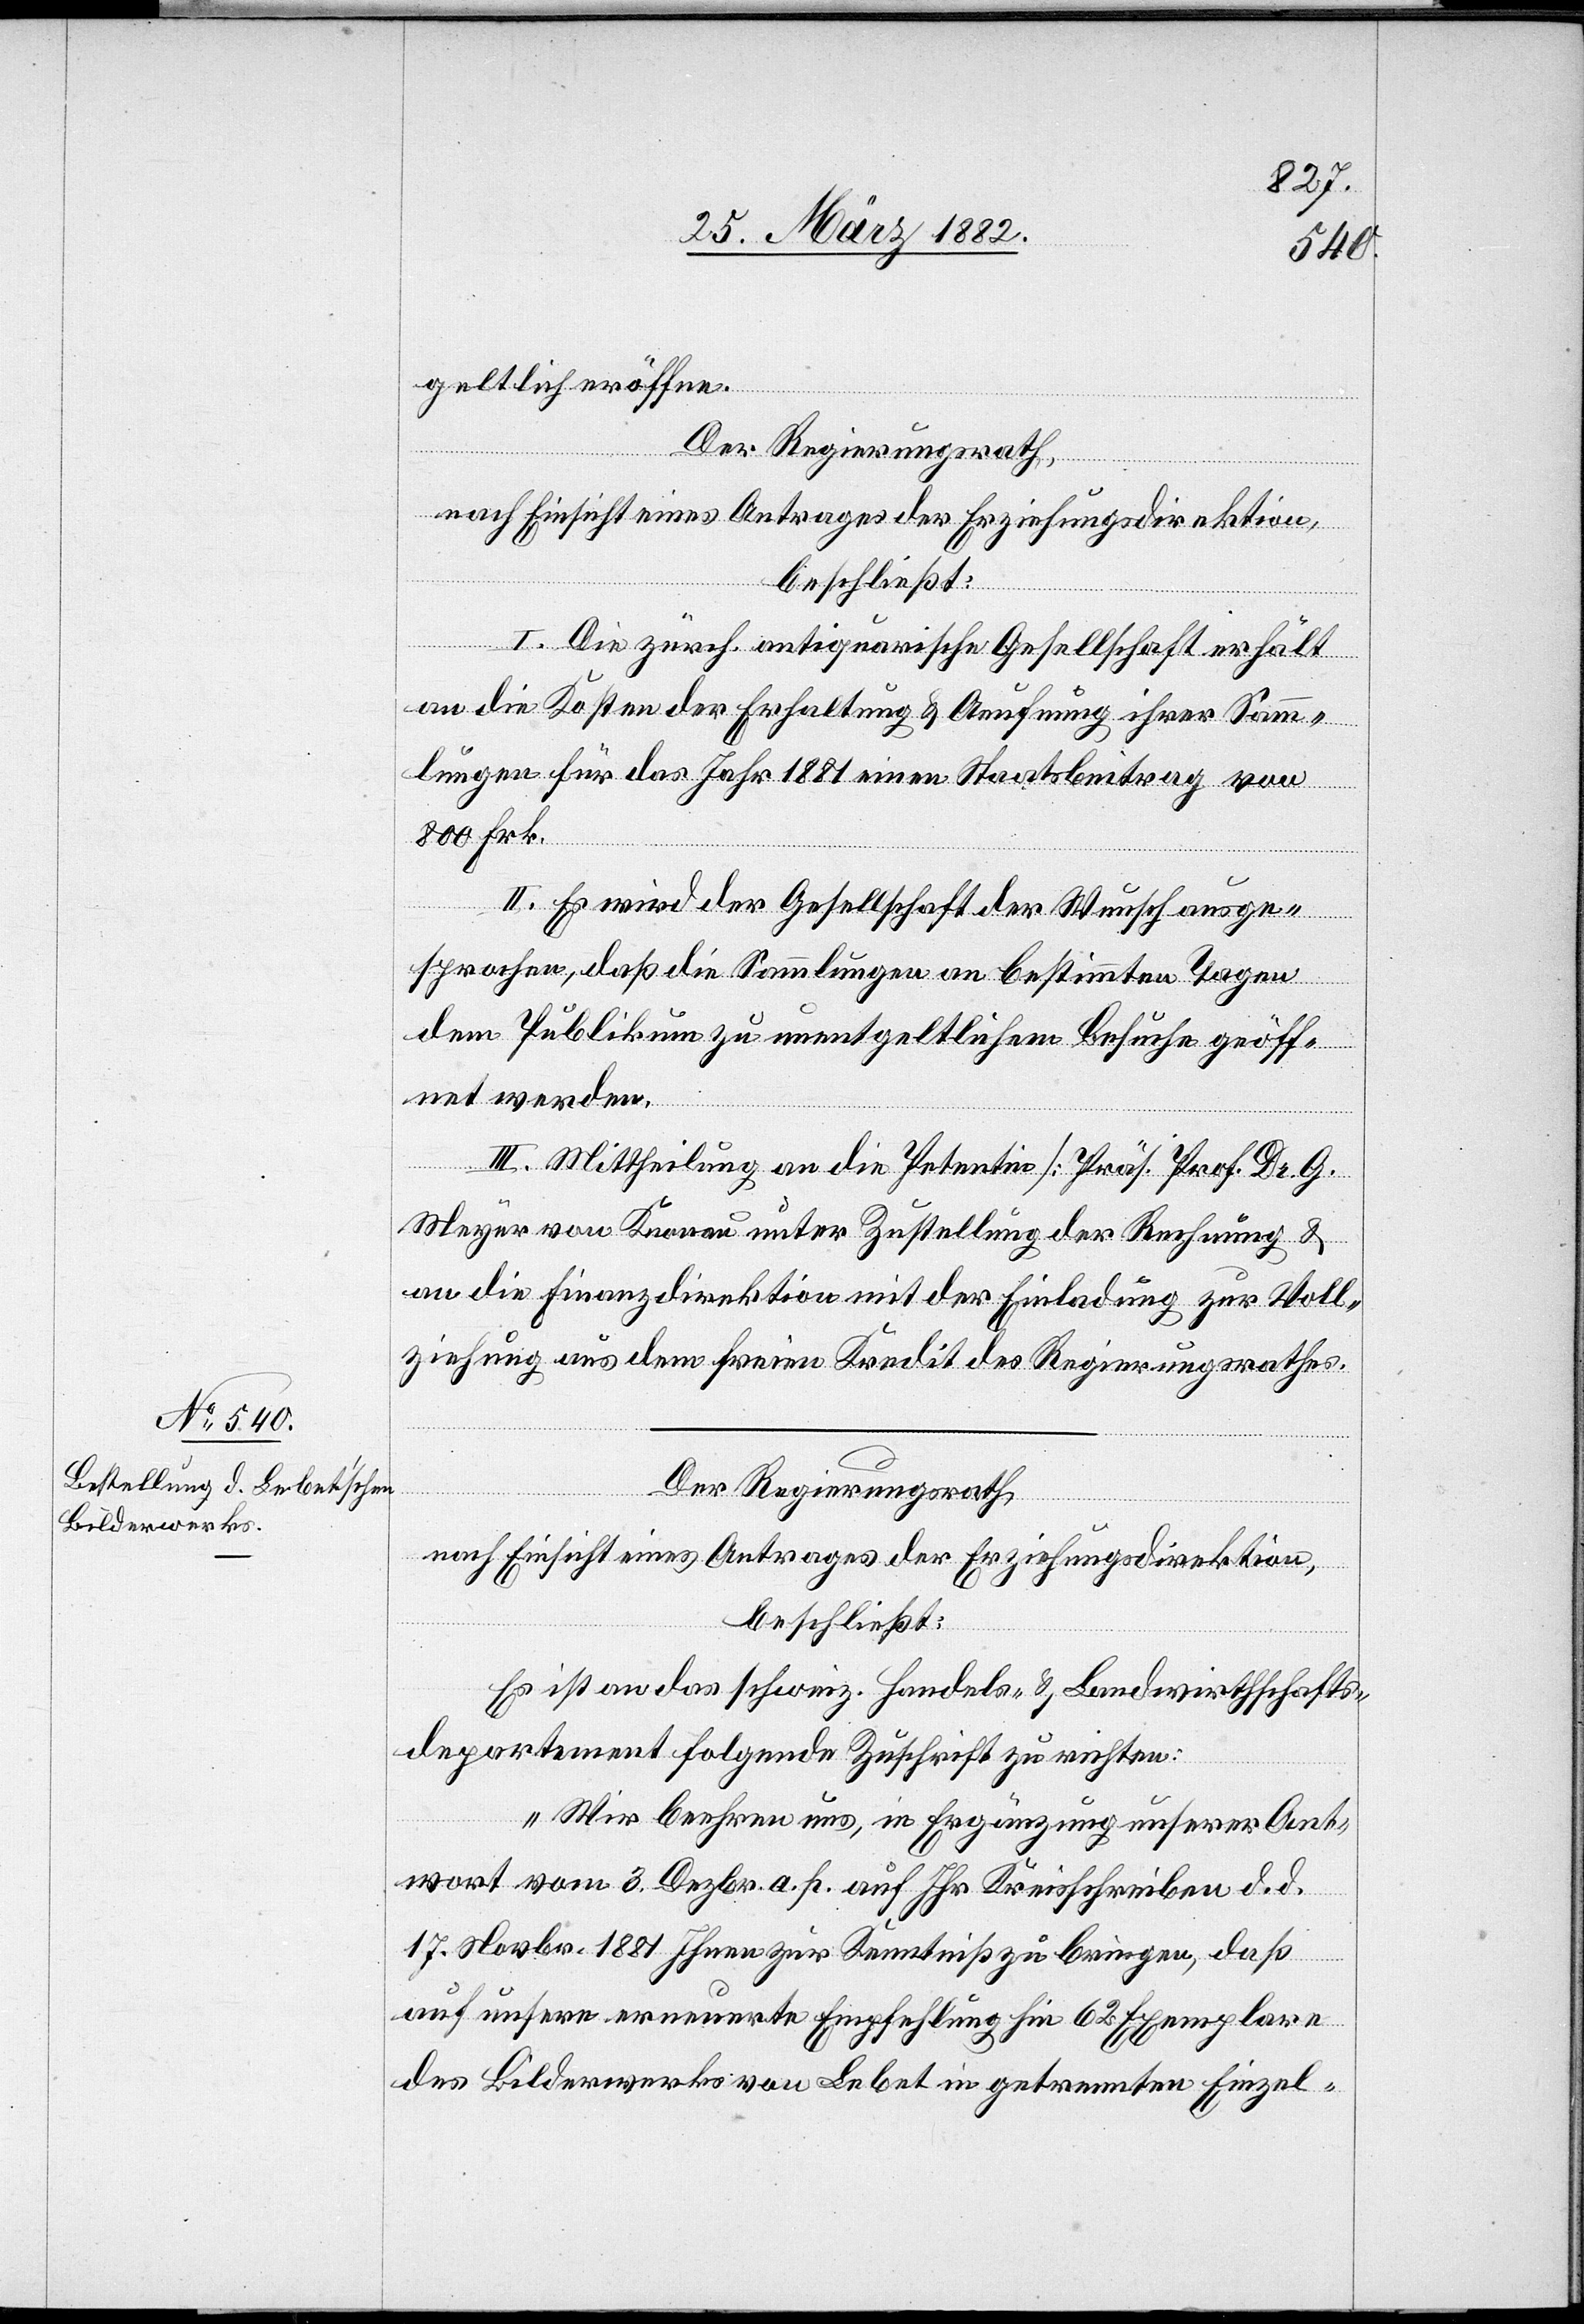
geltlich eröffne.
Der Regierungsrath,
nach Einsicht eines Antrages der Erziehungsdirektion,
beschließt:
I. Die zürch. antiquarische Gesellschaft erhält
an die Kosten der Erhaltung & Aeufnung ihrer Samm¬
lungen für das Jahr 1881 einen Staatsbeitrag von
800 Frk.
II. Es wird der Gesellschaft der Wunsch ausge¬
sprochen, daß die Sammlungen an bestimmten Tagen
dem Publikum zu unentgeltlichen Besuche geöff¬
net werden.
III. Mittheilung an die Petenten [Präs. Prof. Dr. G.
Meyer von Knonau] unter Zustellung der Rechnung &
an die Finanzdirektion mit der Einladung zur Voll¬
ziehung aus dem freien Kredit des Regierungsrathes.
Der Regierungsrath,
nach Einsicht eines Antrages der Erziehungsdirektion,
beschließt:
Es ist an das schweiz. Handels- & Landwirthschafts¬
departement folgende Zuschrift zu richten:
„Wir beehren uns, in Ergänzung unserer Ant¬
wort vom 3. Dezbr. a. p. auf Ihre Kreisschreiben d. d.
17. Novebr. 1881 Ihnen zur Kenntniß zu bringen, daß
auf unsere erneuerte Empfehlung hin 62 Exemplare
des Bilderwerkes von Lebet in getrennten Einzel-